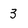
Character: 3